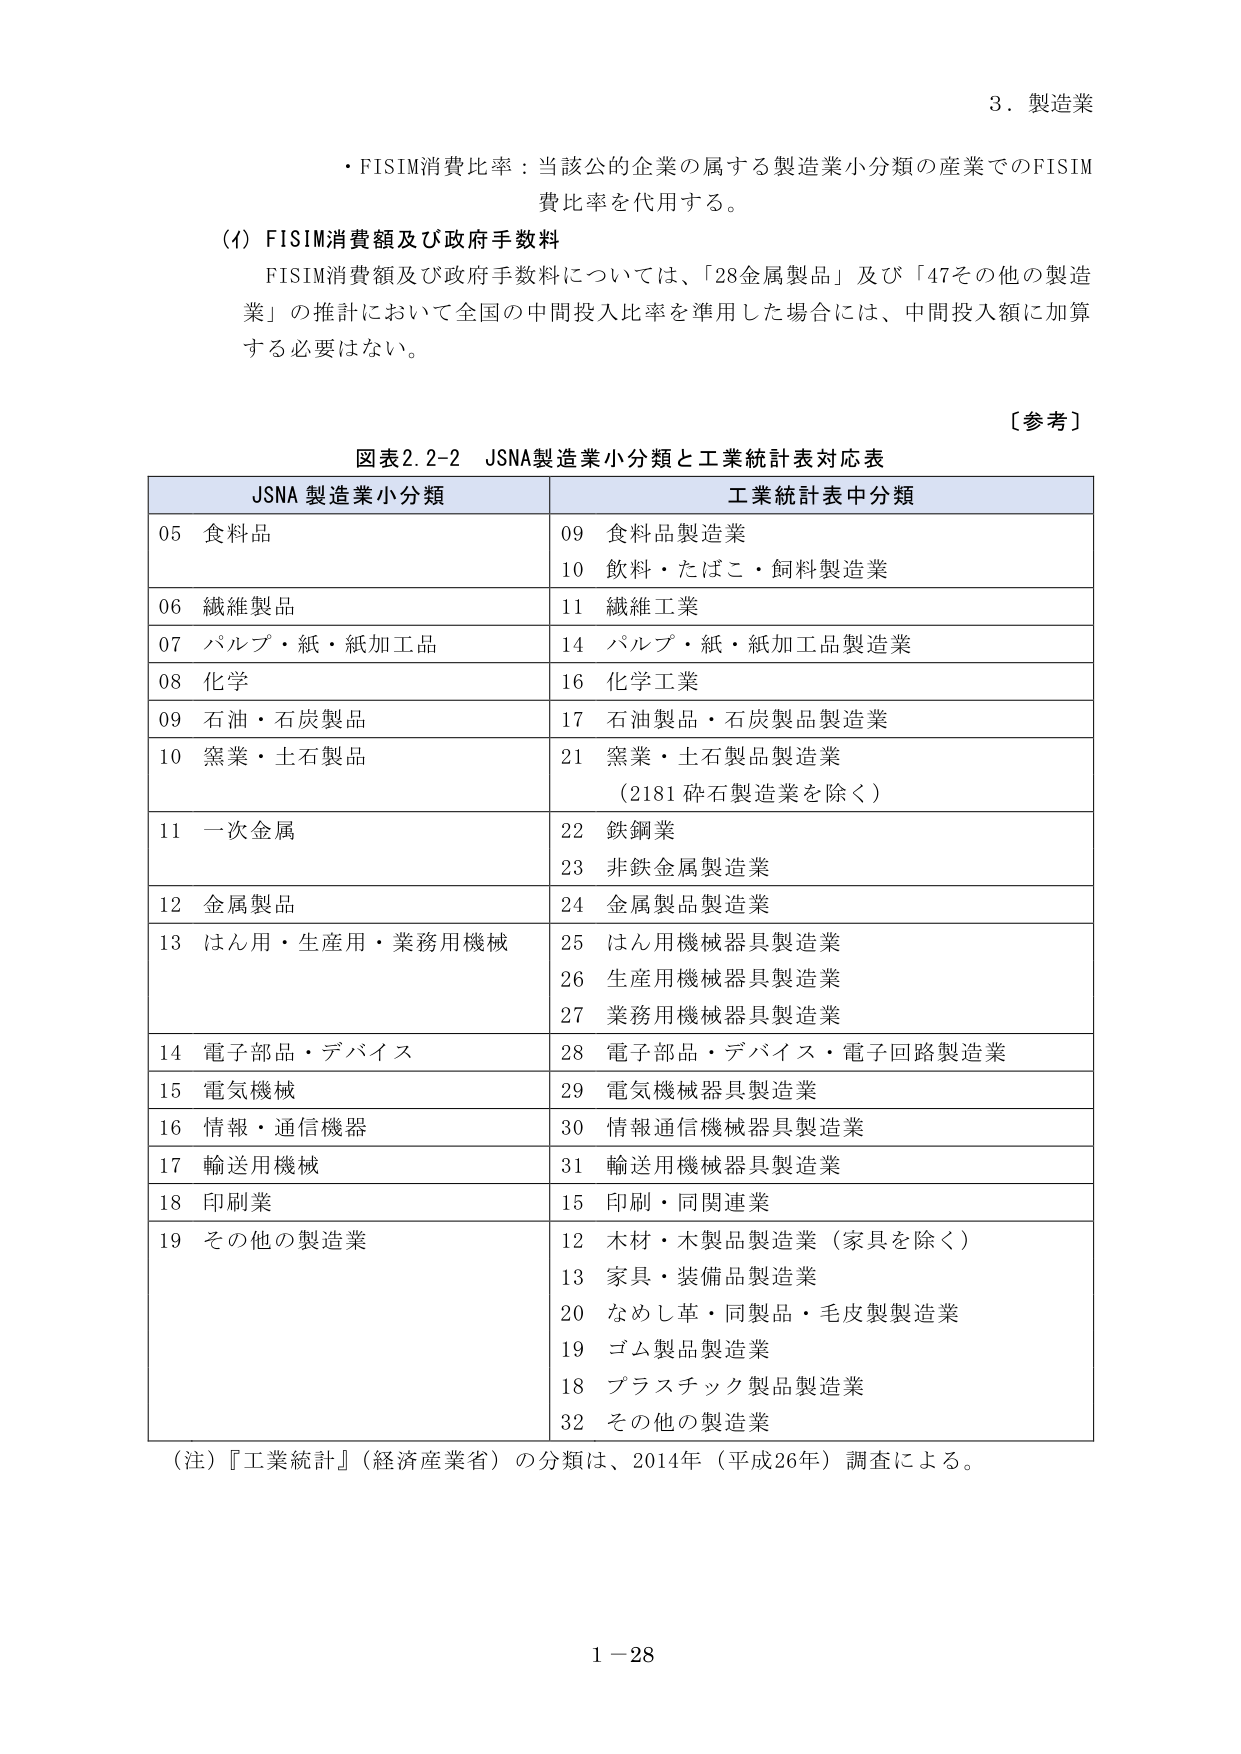
3．製造業

・FISIM消費比率：当該公的企業の属する製造業小分類の産業でのFISIM消費比率を代用する。

(4) FISIM消費額及び政府手数料
FISIM消費額及び政府手数料については、「28金属製品」及び「47その他の製造業」の推計において全国の中間投入比率を準用した場合には、中間投入額に加算する必要はない。

〔参考〕
図表2.2-2 JSNA製造業小分類と工業統計表対応表

JSNA 製造業小分類　　　　　　　　工業統計表中分類
05 食料品　　　　　　　　　　　　09 食料品製造業
　　　　　　　　　　　　　　　　10 飲料・たばこ・飼料製造業
06 繊維製品　　　　　　　　　　　11 繊維工業
07 パルプ・紙・紙加工品　　　　　14 パルプ・紙・紙加工品製造業
08 化学　　　　　　　　　　　　　16 化学工業
09 石油・石炭製品　　　　　　　　17 石油製品・石炭製品製造業
10 窯業・土石製品　　　　　　　　21 窯業・土石製品製造業
　　　　　　　　　　　　　　　　（2181 砕石製造業を除く）
11 一次金属　　　　　　　　　　　22 鉄鋼業
　　　　　　　　　　　　　　　　23 非鉄金属製造業
12 金属製品　　　　　　　　　　　24 金属製品製造業
13 はん用・生産用・業務用機械　　25 はん用機械器具製造業
　　　　　　　　　　　　　　　　26 生産用機械器具製造業
　　　　　　　　　　　　　　　　27 業務用機械器具製造業
14 電子部品・デバイス　　　　　　28 電子部品・デバイス・電子回路製造業
15 電気機械　　　　　　　　　　　29 電気機械器具製造業
16 情報・通信機器　　　　　　　　30 情報通信機械器具製造業
17 輸送用機械　　　　　　　　　　31 輸送用機械器具製造業
18 印刷業　　　　　　　　　　　　15 印刷・同関連業
19 その他の製造業　　　　　　　　12 木材・木製品製造業（家具を除く）
　　　　　　　　　　　　　　　　13 家具・装備品製造業
　　　　　　　　　　　　　　　　20 なめし革・同製品・毛皮製製造業
　　　　　　　　　　　　　　　　19 ゴム製品製造業
　　　　　　　　　　　　　　　　18 プラスチック製品製造業
　　　　　　　　　　　　　　　　32 その他の製造業

（注）『工業統計』（経済産業省）の分類は、2014年（平成26年）調査による。

1－28